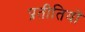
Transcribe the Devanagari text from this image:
प्रतीतियों